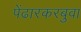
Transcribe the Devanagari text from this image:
पेंढारकरबुवा